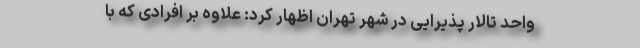
واحد تالار پذیرایی در شهر تهران اظهار کرد: علاوه بر افرادی که با